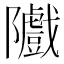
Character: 隵